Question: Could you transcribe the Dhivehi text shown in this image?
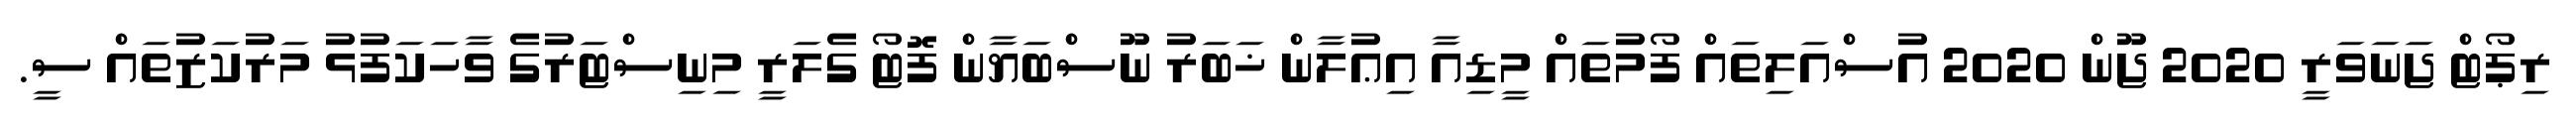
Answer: ރިޕޯޓް ޖަނަވަރީ 2020 ޖޫން 2020 އުސްއަލިތައް ފޯމުތައް މީޑިއާ އިޢުލާން ޚަބަރު ނޫސްބަޔާން ފޮޓޯ ގެލަރީ މިނިސްޓަރުގެ ވާހަކަފުޅު މަރުކަޒުތައް ސީ.